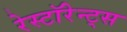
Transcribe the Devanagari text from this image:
रेस्टॉरेन्ट्स